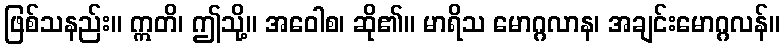
ဖြစ်သနည်း။ ဣတိ၊ ဤသို့။ အဝေါစ၊ ဆို၏။ မာရိသ မောဂ္ဂလာန၊ အချင်းမောဂ္ဂလန်။